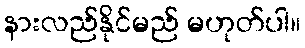
နားလည်နိုင်မည် မဟုတ်ပါ။